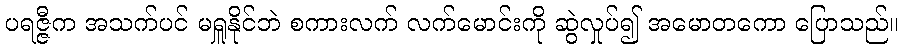
ပရဇ္ဇီက အသက်ပင် မရှူနိုင်ဘဲ စကားလက် လက်မောင်းကို ဆွဲလှုပ်၍ အမောတကော ပြောသည်။